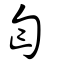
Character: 匃